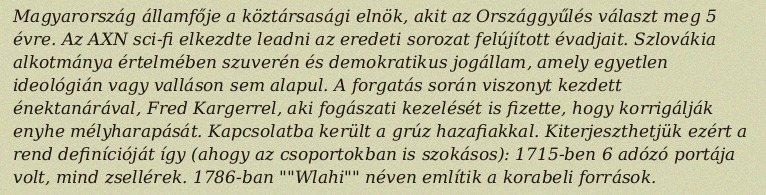
Magyarország államfője a köztársasági elnök, akit az Országgyűlés választ meg 5 évre. Az AXN sci-fi elkezdte leadni az eredeti sorozat felújított évadjait. Szlovákia alkotmánya értelmében szuverén és demokratikus jogállam, amely egyetlen ideológián vagy valláson sem alapul. A forgatás során viszonyt kezdett énektanárával, Fred Kargerrel, aki fogászati kezelését is fizette, hogy korrigálják enyhe mélyharapását. Kapcsolatba került a grúz hazafiakkal. Kiterjeszthetjük ezért a rend definícióját így (ahogy az csoportokban is szokásos): 1715-ben 6 adózó portája volt, mind zsellérek. 1786-ban ""Wlahi"" néven említik a korabeli források.